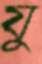
যু